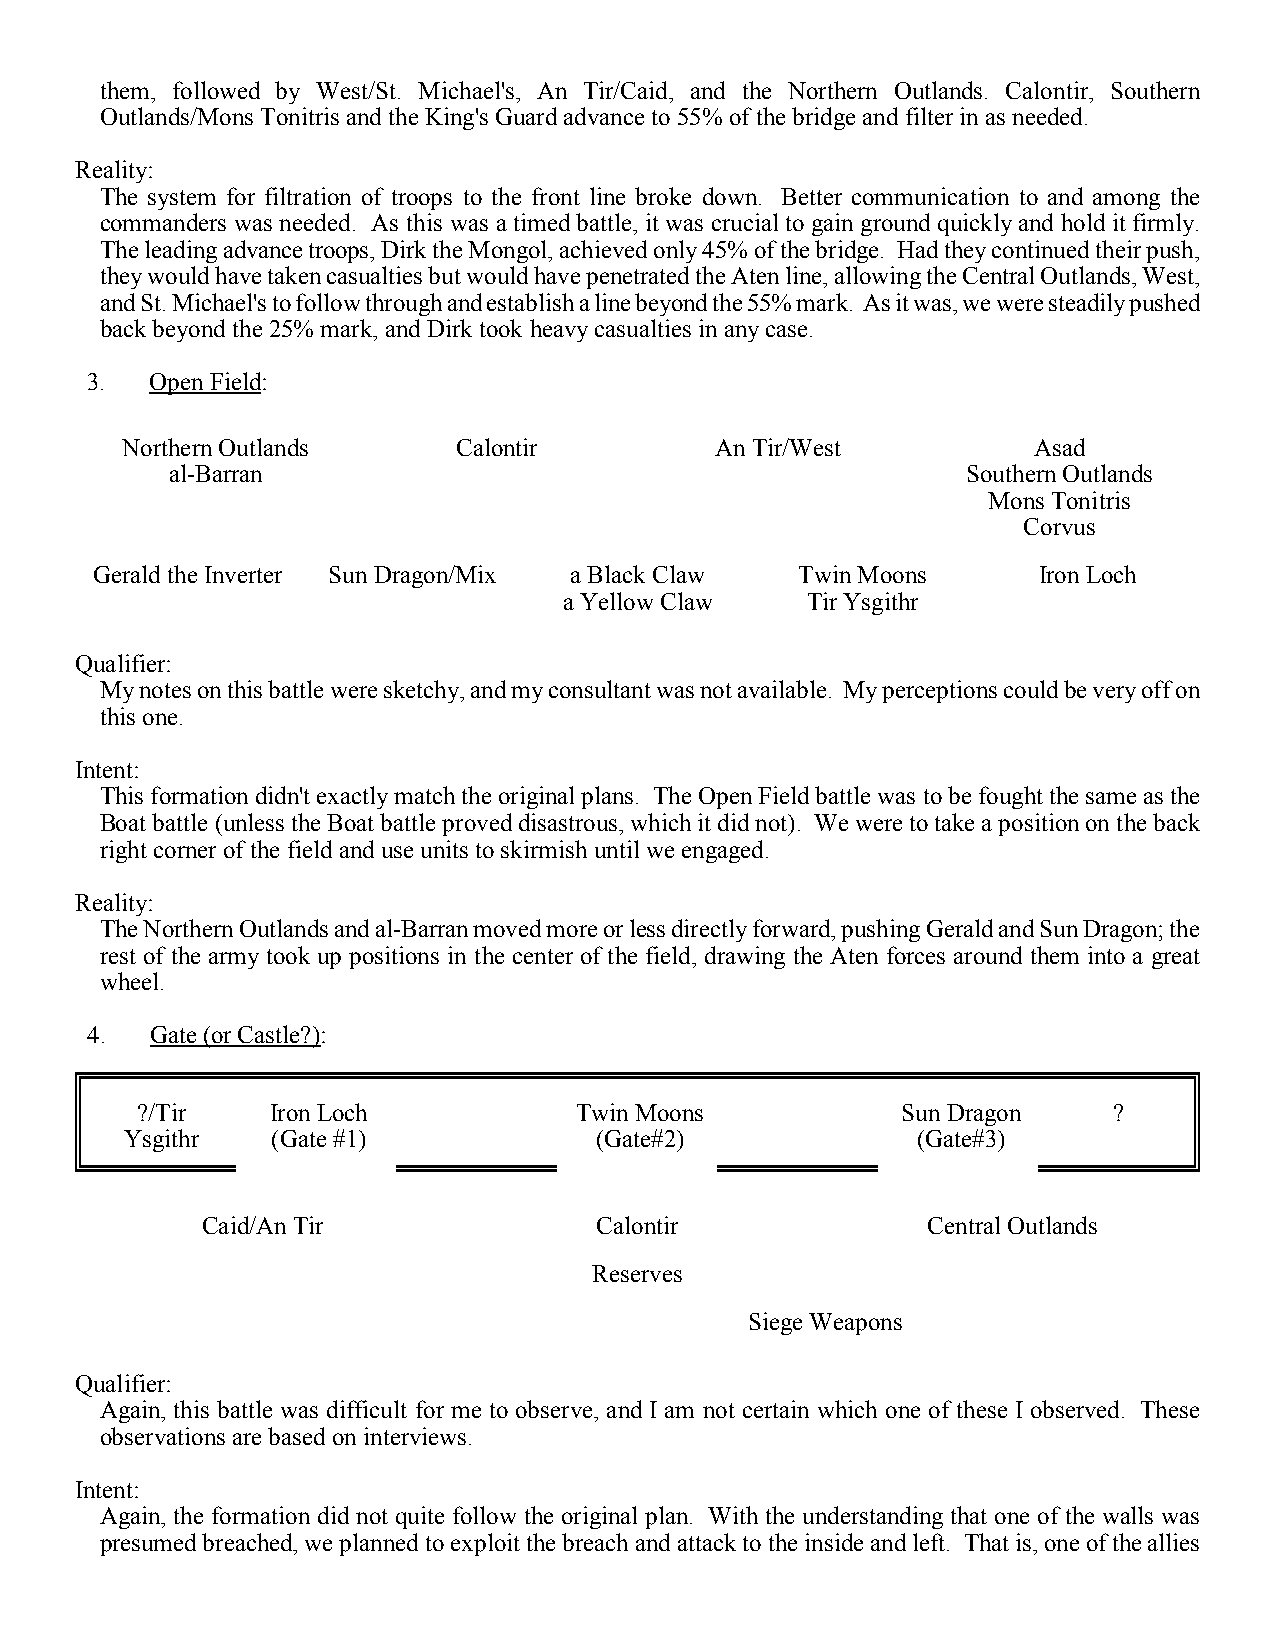
them, followed by West/St. Michael's, An Tir/Caid, and the Northern Outlands. Calontir, Southern
 Outlands/Mons Tonitris and the King's Guard advance to 55% of the bridge and filter in as needed.
 Reality:
 The system for filtration of troops to the front line broke down. Better communication to and among the
 commanders was needed. As this was a timed battle, it was crucial to gain ground quickly and hold it firmly.
 The leading advance troops, Dirk the Mongol, achieved only 45% of the bridge. Had they continued their push,
 they would have taken casualties but would have penetrated the Aten line, allowing the Central Outlands, West,
 and St. Michael's to follow through and establish a line beyond the 55% mark. As it was, we were steadily pushed
 back beyond the 25% mark, and Dirk took heavy casualties in any case.
 3.  Open Field:
 Northern Outlands     Calontir         An Tir/West          Asad
 al-Barran                                            Southern Outlands
 Mons Tonitris
 Corvus
 Gerald the Inverter Sun Dragon/Mix a Black Claw Twin Moons     Iron Loch
 a Yellow Claw   Tir Ysgithr
 Qualifier:
 My notes on this battle were sketchy, and my consultant was not available. My perceptions could be very off on
 this one.
 Intent:
 This formation didn't exactly match the original plans. The Open Field battle was to be fought the same as the
 Boat battle (unless the Boat battle proved disastrous, which it did not). We were to take a position on the back
 right corner of the field and use units to skirmish until we engaged.
 Reality:
 The Northern Outlands and al-Barran moved more or less directly forward, pushing Gerald and Sun Dragon; the
 rest of the army took up positions in the center of the field, drawing the Aten forces around them into a great
 wheel.
 4.  Gate (or Castle?):
 ?/Tir    Iron Loch           Twin Moons            Sun Dragon    ?
 Ysgithr   (Gate #1)            (Gate#2)              (Gate#3)
 Caid/An Tir               Calontir              Central Outlands
 Reserves
 Siege Weapons
 Qualifier:
 Again, this battle was difficult for me to observe, and I am not certain which one of these I observed. These
 observations are based on interviews.
 Intent:
 Again, the formation did not quite follow the original plan. With the understanding that one of the walls was
 presumed breached, we planned to exploit the breach and attack to the inside and left. That is, one of the allies